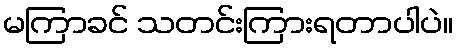
မကြာခင် သတင်းကြားရတာပါပဲ။